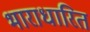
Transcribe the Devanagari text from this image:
भाराधारित